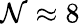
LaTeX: \mathcal{N}\approx{8}